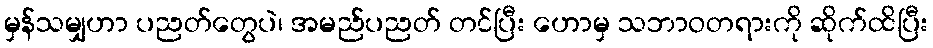
မှန်သမျှဟာ ပညတ်တွေပဲ၊ အမည်ပညတ် တင်ပြီး ဟောမှ သဘာဝတရားကို ဆိုက်ထိပြီး